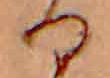
る